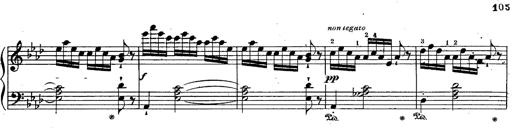
Title: Schubert's Impromptus [revised and edited by Franz Liszt]
Composer: Franz Liszt